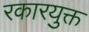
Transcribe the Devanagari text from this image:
रकारयुक्त